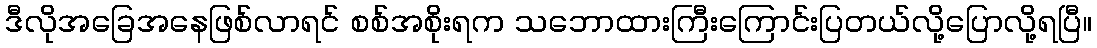
ဒီလိုအခြေအနေဖြစ်လာရင် စစ်အစိုးရက သဘောထားကြီးကြောင်းပြတယ်လို့ပြောလို့ရပြီ။